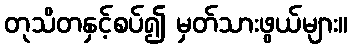
တုသိတနှင့်စပ်၍ မှတ်သားဖွယ်များ။